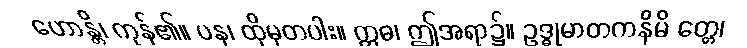
ဟောန္တိ၊ ကုန်၏။ ပန၊ ထိုမှတပါး။ ဣဓ၊ ဤအရာ၌။ ဥဒ္ဓုမာတကနိမိ တ္တေ၊